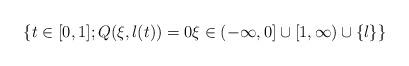
LaTeX: \begin{align*} \{t \in [0,1]; Q(\xi,l(t))=0 \xi \in (-\infty,0]\cup [1,\infty)\cup \{ l\}\} \end{align*}